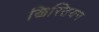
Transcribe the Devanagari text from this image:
ख्रिस्तियन